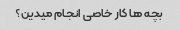
بچه ها کار خاصی انجام میدین؟